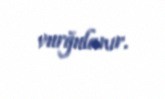
vurğulanır.